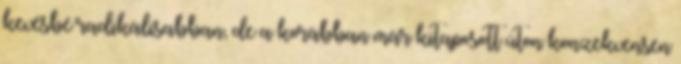
kevésbé radikálisabban, de a korábban már kitaposott úton konzekvensen